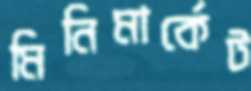
মিনিমার্কেট